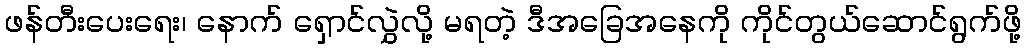
ဖန်တီးပေးရေး၊ နောက် ရှောင်လွှဲလို့ မရတဲ့ ဒီအခြေအနေကို ကိုင်တွယ်ဆောင်ရွက်ဖို့